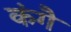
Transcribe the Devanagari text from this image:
कंगै